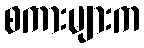
စကားများက